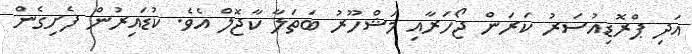
އަދި ޕްރޮޑިއުސަރު ކަރަން ޖޯހަރާއި މަޝްހޫރު ބަތަލާ ކާޖޮލް އެވެ. ކުޑައިރުން ފެށިގެން